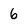
Character: 6